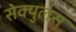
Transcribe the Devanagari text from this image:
सेक्युलस